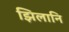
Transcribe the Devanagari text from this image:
झिलानि